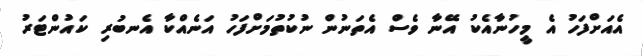
އެއަށްފަހު އެ މީހުނާއެކު އޭނާ ވެސް އެތަނުން ނުކުތުމަށްފަހު އަނެއްކާ އެނބުރި ކައުންޓަރު